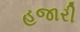
હજારી